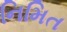
નિમિત